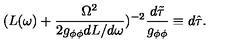
( L ( \omega ) + \frac { \Omega ^ { 2 } } { 2 g _ { \phi \phi } d L / d \omega } ) ^ { - 2 } \frac { d \tilde { \tau } } { g _ { \phi \phi } } \equiv d \hat { \tau } .